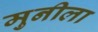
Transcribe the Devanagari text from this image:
मुनीला